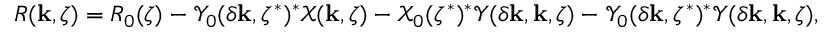
R ( \mathbf { k } , \zeta ) = R _ { 0 } ( \zeta ) - \mathcal { Y } _ { 0 } ( \delta \mathbf { k } , \zeta ^ { * } ) ^ { * } \mathcal { X } ( \mathbf { k } , \zeta ) - \mathcal { X } _ { 0 } ( \zeta ^ { * } ) ^ { * } \mathcal { Y } ( \delta \mathbf { k } , \mathbf { k } , \zeta ) - \mathcal { Y } _ { 0 } ( \delta \mathbf { k } , \zeta ^ { * } ) ^ { * } \mathcal { Y } ( \delta \mathbf { k } , \mathbf { k } , \zeta ) ,